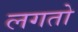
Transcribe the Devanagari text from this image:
लगतो